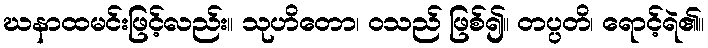
ဃနာထမင်းဖြင့်လည်း။ သုဟိတော၊ ဝသည် ဖြစ်၍။ တပ္ပတိ၊ ရောင့်ရဲ၏။